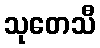
သုတေသီ